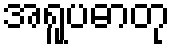
အရူပဓာတု